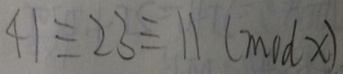
4 1 \equiv 2 3 \equiv 1 1 ( m o d x )